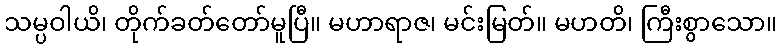
သမ္ပဝါယိ၊ တိုက်ခတ်တော်မူပြီ။ မဟာရာဇ၊ မင်းမြတ်။ မဟတိ၊ ကြီးစွာသော။